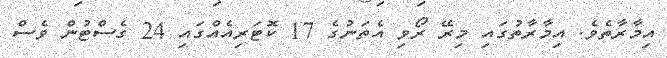
އިމާރާތެވެ. އިމާރާތުގައި މިރޭ ރޯވި އެތަނުގެ 17 ކޮޓަރިއެއްގައި 24 ގެސްޓުން ވެސް